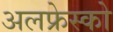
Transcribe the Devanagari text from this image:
अलफ्रेस्को